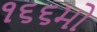
૧૬૬મો